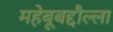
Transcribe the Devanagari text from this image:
महेबूबद्दौल्ला